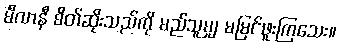
မီလာနီ စိတ်ဆိုးသည်ကို မည်သူမျှ မမြင်ဖူးကြသေး။